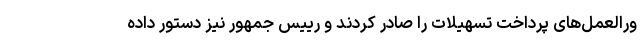
ورالعمل‌های پرداخت تسهیلات را صادر کردند و رییس جمهور نیز دستور داده